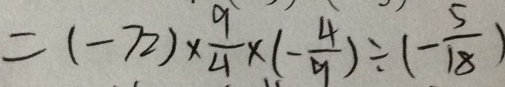
= ( - 7 2 ) \times \frac { 9 } { 4 } \times ( - \frac { 4 } { 9 } ) \div ( - \frac { 5 } { 1 8 } )